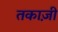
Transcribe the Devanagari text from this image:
तकाज़ी